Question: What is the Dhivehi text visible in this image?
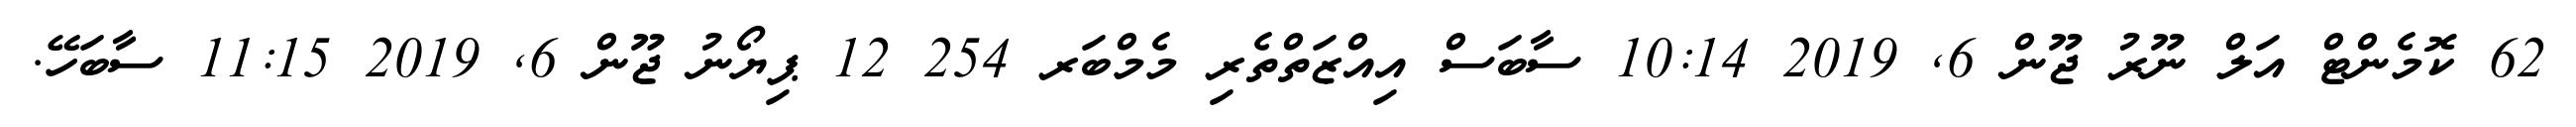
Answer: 62 ކޮމެންޓް އަލް ނޫރު ޖޫން 6, 2019 10:14 ސާބަސް އިއްޒަތްތެރި މެމްބަރ 254 12 ޕިޔޯނު ޖޫން 6, 2019 11:15 ސާބަހޭ.